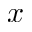
x